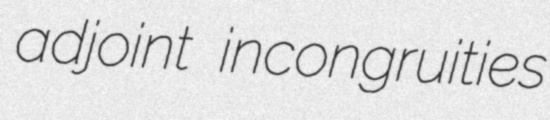
adjoint incongruities